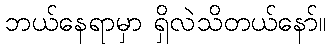
ဘယ်နေရာမှာ ရှိလဲသိတယ်နော်။